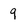
Character: 9